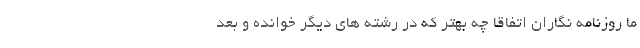
ما روزنامه نگاران اتفاقا چه بهتر که در رشته های دیگر خوانده و بعد